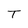
Character: T